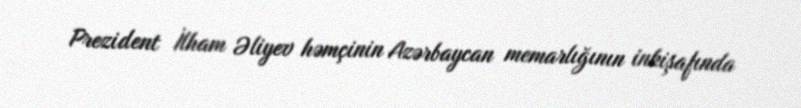
Prezident İlham Əliyev həmçinin Azərbaycan memarlığının inkişafında